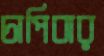
চাপিবার